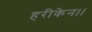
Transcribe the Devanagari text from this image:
हरीकेन।।